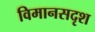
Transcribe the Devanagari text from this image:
विमानसदृश